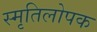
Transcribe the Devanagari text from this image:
स्मृतिलोपक